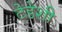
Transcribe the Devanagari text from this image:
टेडेशी